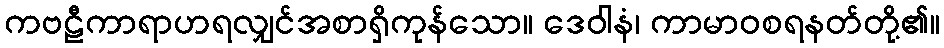
ကဗဠီကာရာဟရလျှင်အစာရှိကုန်သော။ ဒေဝါနံ၊ ကာမာဝစရနတ်တို့၏။